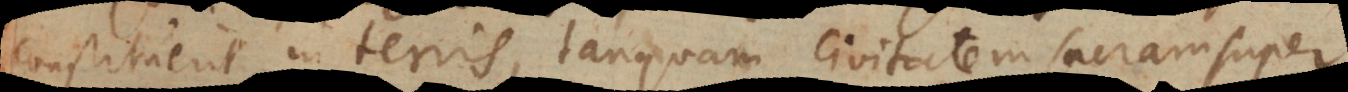
constituerit in terris, tanquam civitatem sacram super